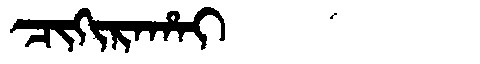
Manchu: ᠴᡳᡴᡳᡵᠠᡥᠠᡳ
Romanization: CIKIRAHAI